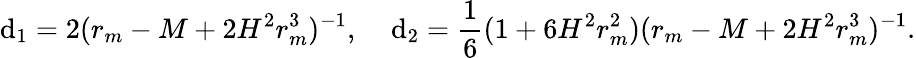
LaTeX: \mathrm{d}_{1}=2(r_{m}-M+2H^{2}r_{m}^{3})^{-1},\; \; \; \; \mathrm{d}_{2}=\frac{{1}}{{6}}(1+6H^{2}r_{m}^{2})(r_{m}-M+2H^{2}r_{m}^{3})^{-1}.